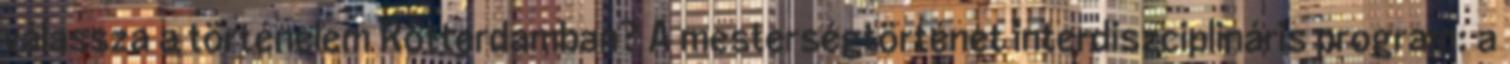
válassza a történelem Rotterdamban? A mesterségtörténet interdiszciplináris program: a